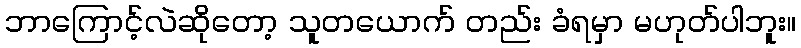
ဘာကြောင့်လဲဆိုတော့ သူတယောက် တည်း ခံရမှာ မဟုတ်ပါဘူး။